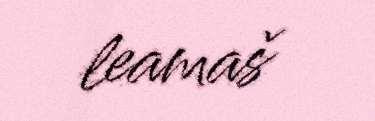
leamaš